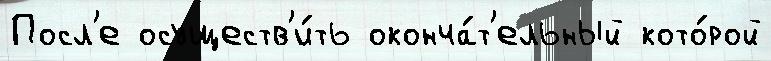
Посл'е осуществ'и́ть оконча́т'ельный кото́рой